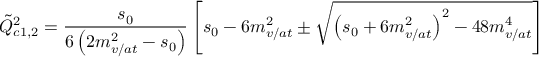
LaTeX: \tilde { Q } _ { c 1 , 2 } ^ { 2 } = \frac { s _ { 0 } } { 6 \left( 2 m _ { v / a t } ^ { 2 } - s _ { 0 } \right) } \left[ s _ { 0 } - 6 m _ { v / a t } ^ { 2 } \pm \sqrt { \left( s _ { 0 } + 6 m _ { v / a t } ^ { 2 } \right) ^ { 2 } - 4 8 m _ { v / a t } ^ { 4 } } \right]